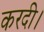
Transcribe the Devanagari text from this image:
करदी।